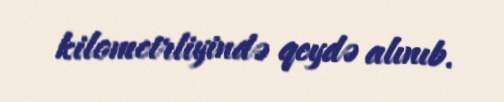
kilometrliyində qeydə alınıb.